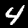
Label: 4